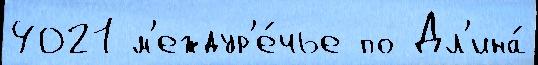
4021 м'еждур'е́чье по Дл'ина́